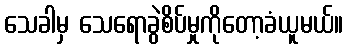
သေခါမှ သေရောခွဲစိပ်မှုကိုတော့ခံယူမယ်။